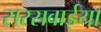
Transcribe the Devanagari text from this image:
सरसवाईया